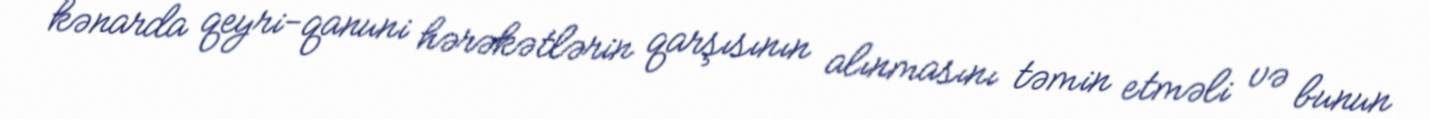
kənarda qeyri-qanuni hərəkətlərin qarşısının alınmasını təmin etməli və bunun